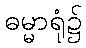
ဓမ္မာရုံ၌